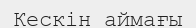
Кескін аймағы